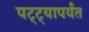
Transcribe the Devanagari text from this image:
पट्‍ट्यापर्यंत